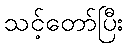
သင့်တော်ပြီး